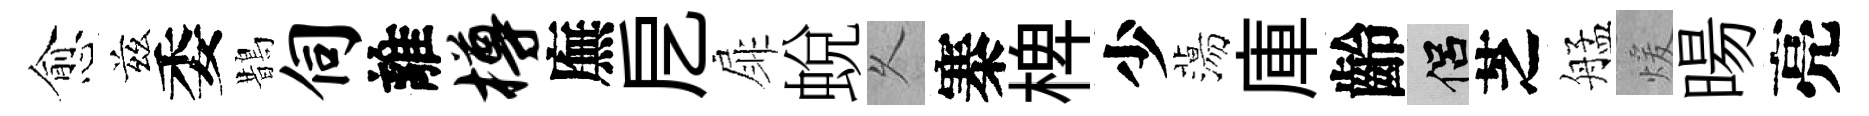
愈兹委鵲伺離樽廡戹扉蛻乆寨椑少蕩庫齡侣芝艋煖暘亮